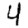
Digit: 4